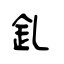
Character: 釓